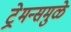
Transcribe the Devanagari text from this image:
ट्रेमन्समुळे